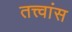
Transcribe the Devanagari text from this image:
तत्त्वांस